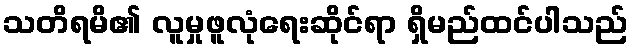
သတိရမိ၏ လူမှုဖူလုံရေးဆိုင်ရာ ရှိမည်ထင်ပါသည်